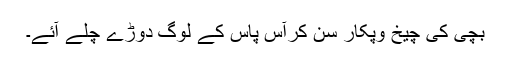
بچی کی چیخ وپکار سن کرآس پاس کے لوگ دوڑے چلے آئے۔